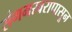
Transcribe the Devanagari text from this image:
संगमरवरापासून